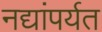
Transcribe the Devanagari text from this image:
नद्यांपर्यत